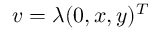
v = \lambda ( 0 , x , y ) ^ { T }